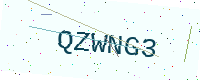
Text: QZWNG3